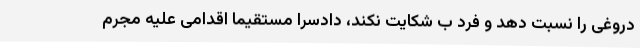
دروغی را نسبت دهد و فرد ب شکایت نکند، دادسرا مستقیما اقدامی علیه مجرم